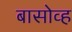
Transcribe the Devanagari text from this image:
बासोव्ह